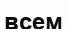
всем